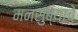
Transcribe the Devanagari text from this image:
मनसुब्याचे